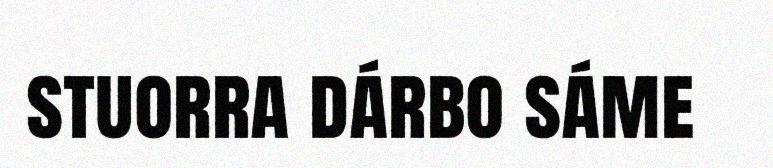
stuorra dárbo sáme